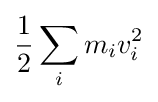
{\frac {1}{2}}\sum _{i}m_{i}v_{i}^{2}